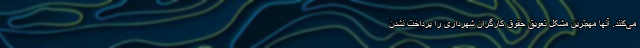
می‌کنند. آنها مهم‌ترین مشکل تعویق حقوق کارگران شهرداری را پرداخت نشدن